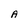
Character: A